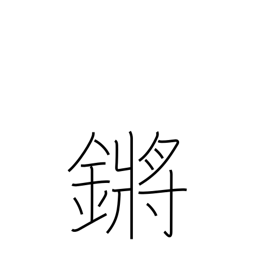
Meaning: tinkling of jade or metal pendants